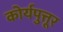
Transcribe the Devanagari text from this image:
कोर्यपुत्तूर